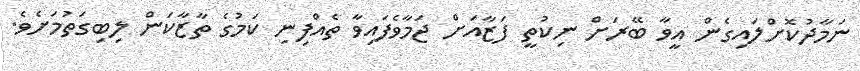
ނަމާދުކޮށްލައިގެން އީވާ ބޭރަށް ނިކުތީ ފަޒާއަށް ޖަމާވެފައިވާ ތެއްފިނި ކަމުގެ ތާޒާކަން ލިބިގަތުމަށެވެ.